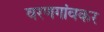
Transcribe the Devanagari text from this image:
वरणगांवकर